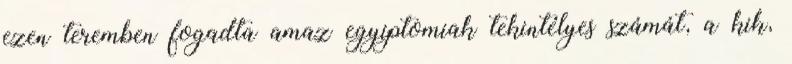
ezen teremben fogadta amaz egyiptomiak tekintélyes számát, a kik,